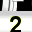
Digit: 2